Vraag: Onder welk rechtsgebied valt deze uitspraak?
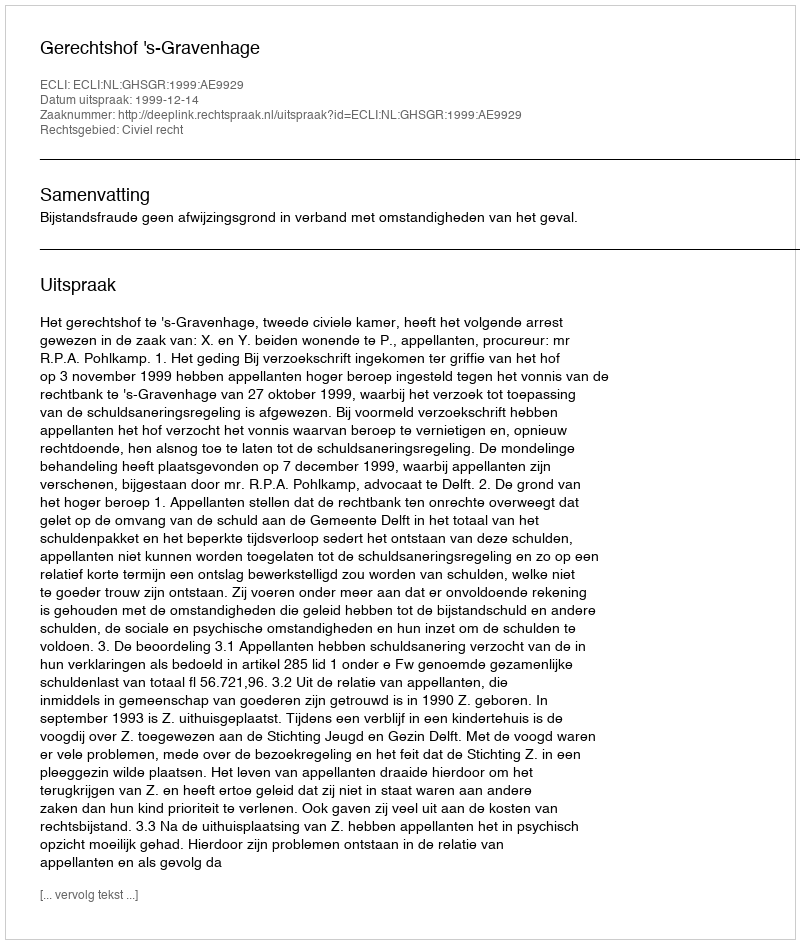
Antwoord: Civiel recht